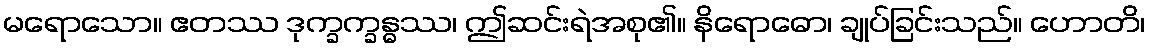
မရောသော။ ဧတဿ ဒုက္ခက္ခန္ဓဿ၊ ဤဆင်းရဲအစု၏။ နိရောဓော၊ ချုပ်ခြင်းသည်။ ဟောတိ၊